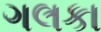
ગલકા